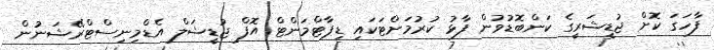
ފާހަގަ ކޮށް ޖުޑީޝަރީގެ ކަންބޮޑުވުން ފާޅު ކުރުމަށްޓަކައި ޑިޕާޓްމަންޓް އޮފް ޖުޑީޝަލް އެޑްމިނިސްޓްރޭޝަނުން